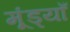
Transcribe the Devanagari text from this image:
मूंड्याँ